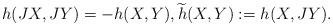
LaTeX: \begin{align*}h(JX,JY)=-h(X,Y) ,\widetilde{h}(X,Y):=h(X,JY).\end{align*}